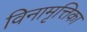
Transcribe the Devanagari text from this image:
विनामृत्तिका